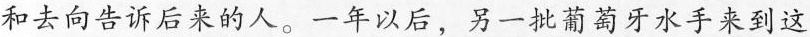
和去向告诉后来的人。一年以后，另一批葡萄牙水手来到这